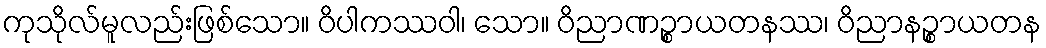
ကုသိုလ်မူလည်းဖြစ်သော။ ဝိပါကဿဝါ၊ သော။ ဝိညာဏဉ္စာယတနဿ၊ ဝိညာနဉ္စာယတန